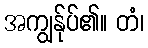
အကျွန်ုပ်၏။ တံ၊